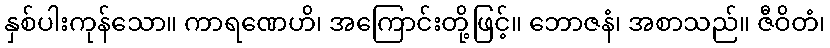
နှစ်ပါးကုန်သော။ ကာရဏေဟိ၊ အကြောင်းတို့ဖြင့်။ ဘောဇနံ၊ အစာသည်။ ဇီဝိတံ၊